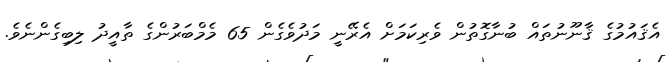
އެޤައުމުގެ ޤާނޫނުތައް ބުނާގޮތުން ވެރިކަމަށް އެރޭނީ މަދުވެގެން 65 މެމްބަރުންގެ ތާއީދު ލިބިގެންނެވެ.